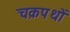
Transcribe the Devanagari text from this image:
चक्रपथों